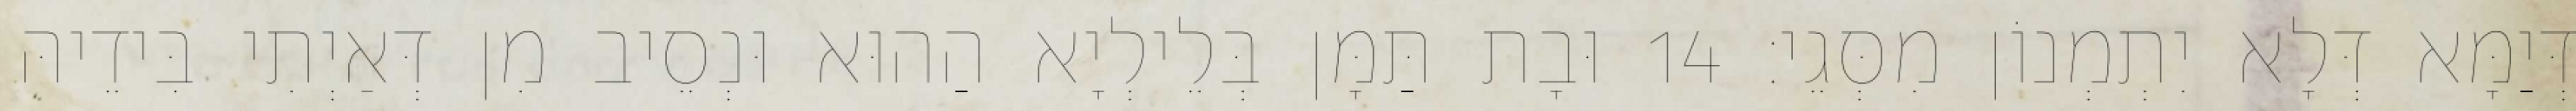
דְּיַמָּא דְּלָא יִתְמְנוֹן מִסְּגֵי׃ 14 וּבָת תַּמָּן בְּלֵילְיָא הַהוּא וּנְסֵיב מִן דְּאַיְתִי בִּידֵיהּ